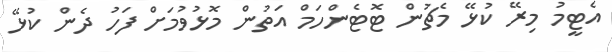
އެޓީމު މިރޭ ކުޅޭ މެޗުން ޓޮޓެންހަމް އަތުން މޮޅުވުމަށް ފަހު ދެން ކުޅޭ